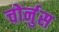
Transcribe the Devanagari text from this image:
चोर्नुस